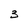
Character: 3